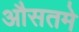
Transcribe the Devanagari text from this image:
औसतमे